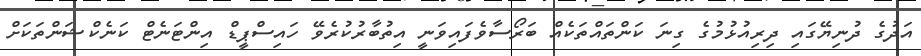
އަދުގެ ދުނިޔޭގައި ދިރިއުޅުމުގެ ގިނަ ކަންތައްތަކެއް ބަރޯސާވެފައިވަނީ އިތުބާރުކުރެވޭ ހައިސްޕީޑް އިންޓަނެޓް ކަނެކްޝަންތަކަށް